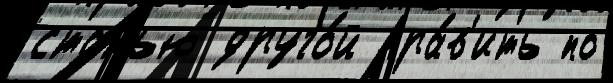
статью друго́й пра́в'ить по